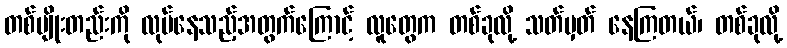
တစ်မျိုးတည်းကို လုပ်နေသည့်အတွက်ကြောင့် လူတွေက တစ်ခုလို့ သတ်မှတ် နေကြတယ်၊ တစ်ခုလို့